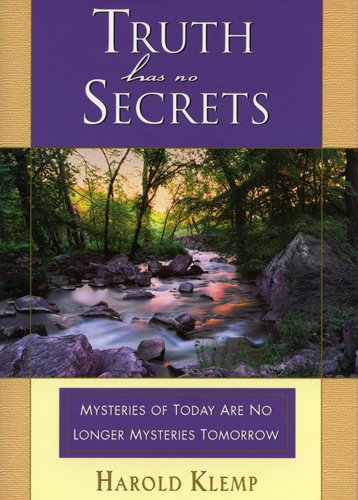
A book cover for Truth Has No Secrets; Harold Klemp; Religion & Spirituality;